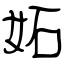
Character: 妬